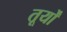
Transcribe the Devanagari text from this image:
तूर्यों